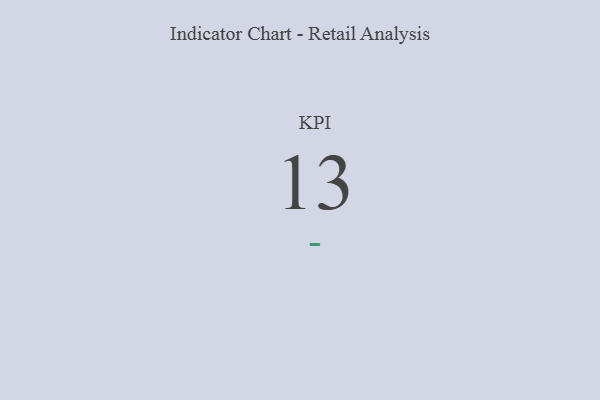
{"axis": {"x": "KPI", "y": "Value"}, "legend": [""], "data": [{"x": "KPI", "y": 13, "type": ""}]}